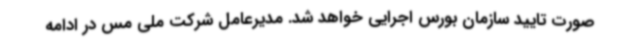
صورت تایید سازمان بورس اجرایی خواهد شد. مدیرعامل شرکت ملی مس در ادامه